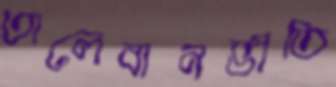
তালেবানভীতি